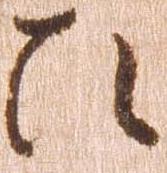
ひ